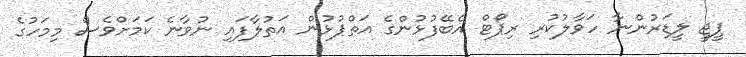
ޕީޖީ ލީޑަރުންނާ ހަވާލުކުރި ރިޕޯޓް އެބޭފުޅުންގެ އަތްޕުޅުން އަތުލާފައި ނުވާނެ ކަމަށްވެސް މިމަހުގެ